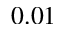
0 . 0 1